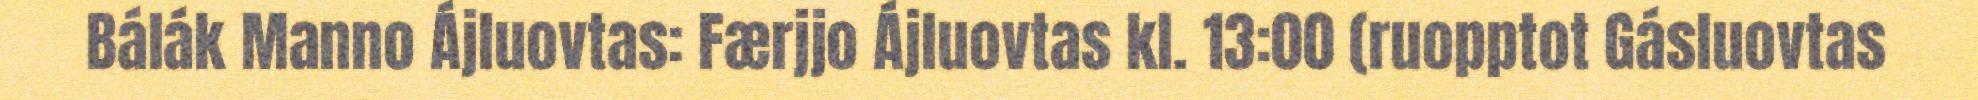
Bálák Manno Ájluovtas: Færjjo Ájluovtas kl. 13:00 (ruopptot Gásluovtas